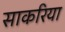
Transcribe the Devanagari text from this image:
साकरिया